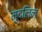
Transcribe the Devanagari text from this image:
मुदलिल